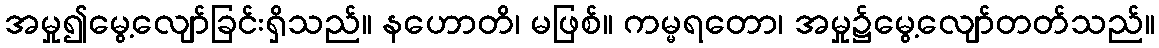
အမှု၍မွေ့လျော်ခြင်းရှိသည်။ နဟောတိ၊ မဖြစ်။ ကမ္မရတော၊ အမှု၌မွေ့လျော်တတ်သည်။